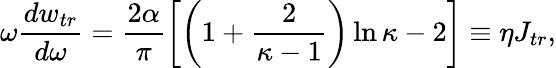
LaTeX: \omega\frac{dw_{tr}}{d\omega}=\frac{2\alpha}{\pi}\left[\left(1+\frac{2}{\kappa-1}\right)\ln\kappa-2\right]\equiv\eta J_{tr},